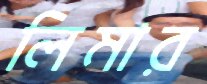
লিমার